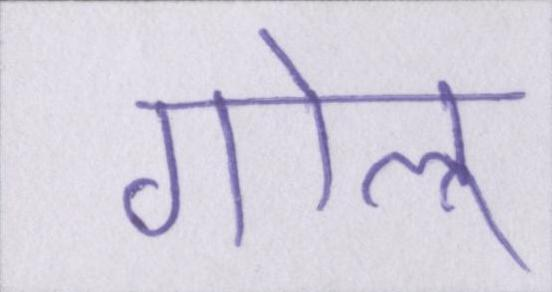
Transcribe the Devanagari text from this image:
गोलू